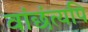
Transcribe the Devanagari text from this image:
वांछंत्यपि